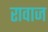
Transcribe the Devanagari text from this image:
रावाज